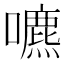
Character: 𡂘